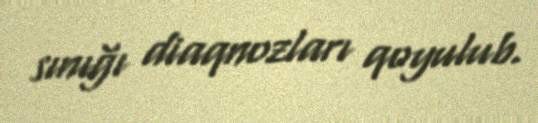
sınığı diaqnozları qoyulub.